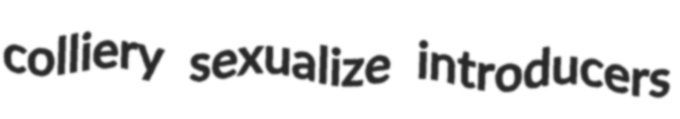
colliery sexualize introducers